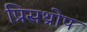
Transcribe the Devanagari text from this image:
प्रिसथ्रोप